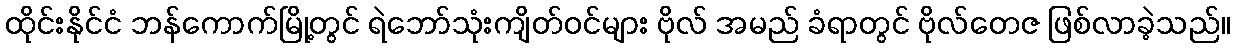
ထိုင်းနိုင်ငံ ဘန်ကောက်မြို့တွင် ရဲဘော်သုံးကျိတ်ဝင်များ ဗိုလ် အမည် ခံရာတွင် ဗိုလ်တေဇ ဖြစ်လာခဲ့သည်။